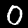
Label: 0